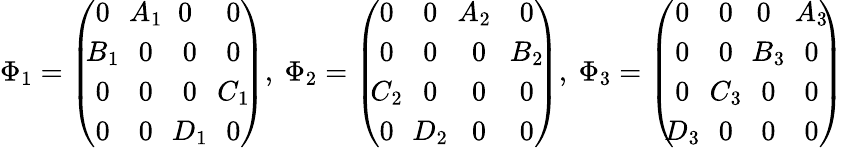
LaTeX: \Phi_{1}=\left(\begin{array}{cccc}{{\! \! 0\! \! }}&{{\! \! A_{1}\! \! }}&{{\! \! 0}}&{{\! \! 0\! \! }}\\ {{\! \! B_{1}\! \! }}&{{\! \! 0\! \! }}&{{\! \! 0\! \! }}&{{\! \! 0\! \! }}\\ {{\! \! 0\! \! }}&{{\! \! 0\! \! }}&{{\! \! 0\! \! }}&{{\! \! C_{1}\! \! }}\\ {{\! \! 0\! \! }}&{{\! \! 0\! \! }}&{{\! \! D_{1}\! \! }}&{{\! \! 0\! \! }}\end{array}\right),~\Phi_{2}=\left(\begin{array}{cccc}{{\! \! 0\! \! }}&{{\! \! 0\! \! }}&{{\! \! A_{2}}}&{{\! \! 0\! \! }}\\ {{\! \! 0\! \! }}&{{\! \! 0\! \! }}&{{\! \! 0\! \! }}&{{\! \! B_{2}\! \! }}\\ {{\! \! C_{2}\! \! }}&{{\! \! 0\! \! }}&{{\! \! 0\! \! }}&{{\! \! 0\! \! }}\\ {{\! \! 0\! \! }}&{{\! \! D_{2}\! \! }}&{{\! \! 0\! \! }}&{{\! \! 0\! \! }}\end{array}\right),~\Phi_{3}=\left(\begin{array}{cccc}{{\! \! 0\! \! }}&{{\! \! 0\! \! }}&{{\! \! 0}}&{{\! \! A_{3}\! \! }}\\ {{\! \! 0\! \! }}&{{\! \! 0\! \! }}&{{\! \! B_{3}\! \! }}&{{\! \! 0\! \! }}\\ {{\! \! 0\! \! }}&{{\! \! C_{3}\! \! }}&{{\! \! 0\! \! }}&{{\! \! 0\! \! }}\\ {{\! \! D_{3}\! \! }}&{{\! \! 0\! \! }}&{{\! \! 0\! \! }}&{{\! \! 0\! \! }}\end{array}\right)